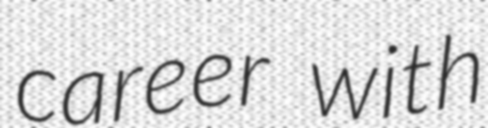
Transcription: career with